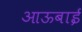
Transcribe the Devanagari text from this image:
आऊबाई